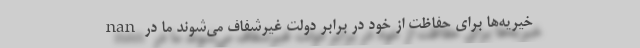
nan خیریه‌ها برای حفاظت از خود در برابر دولت غیرشفاف می‌شوند ما در